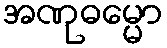
အဏုဓမ္မော